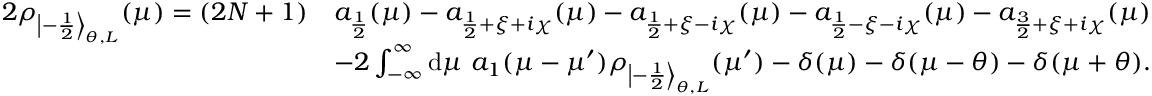
\begin{array} { r l } { 2 \rho _ { { \left| - \frac 1 2 \right\rangle } _ { \theta , L } } ( \mu ) = ( 2 N + 1 ) } & { a _ { \frac 1 2 } ( \mu ) - a _ { \frac { 1 } { 2 } + \xi + i \chi } ( \mu ) - a _ { \frac { 1 } { 2 } + \xi - i \chi } ( \mu ) - a _ { \frac { 1 } { 2 } - \xi - i \chi } ( \mu ) - a _ { \frac { 3 } { 2 } + \xi + i \chi } ( \mu ) } \\ & { - 2 \int _ { - \infty } ^ { \infty } \mathrm { d } \mu ~ a _ { 1 } ( \mu - \mu ^ { \prime } ) \rho _ { { \left| - \frac 1 2 \right\rangle } _ { \theta , L } } ( \mu ^ { \prime } ) - \delta ( \mu ) - \delta ( \mu - \theta ) - \delta ( \mu + \theta ) . } \end{array}